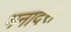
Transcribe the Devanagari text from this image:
भनादरी